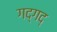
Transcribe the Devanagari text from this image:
गद्‍गद्